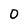
Character: 0